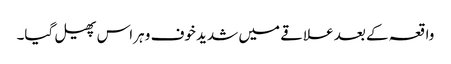
واقعہ کے بعد علاقے میں شدید خوف و ہراس پھیل گیا۔